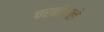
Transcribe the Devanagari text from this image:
चरबीवाले